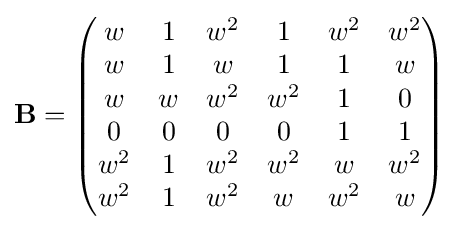
{\mathbf {B} }={\begin{pmatrix}w&1&w^{2}&1&w^{2}&w^{2}\\w&1&w&1&1&w\\w&w&w^{2}&w^{2}&1&0\\0&0&0&0&1&1\\w^{2}&1&w^{2}&w^{2}&w&w^{2}\\w^{2}&1&w^{2}&w&w^{2}&w\end{pmatrix}}